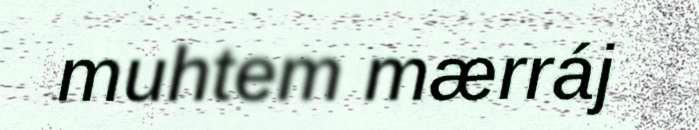
muhtem mærráj